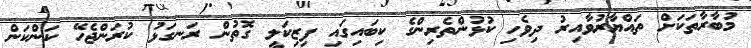
މުބާރާތަކަށް ތައްޔާރުވާއިރު ދިވެހި ކުޅުންތެރިންގެ ކިބައިގައި ފިޒިކަލީ ގޮތުން ރަނގަޅު ކުރަންޖެހޭ ކަންކަން